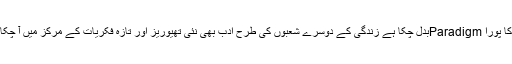
ادب کا پورا Paradigmبدل چکا ہے زندگی کے دوسرے شعبوں کی طرح ادب بھی نئی تھیوریز اور تازہ فکریات کے مرکز میں آ چکا ہے۔